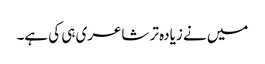
میں نے زیادہ تر شاعری ہی کی ہے۔